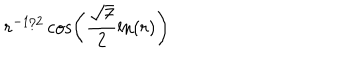
r ^ { - 1 / 2 } \cos \left( \frac { \sqrt { 7 } } { 2 } \ln ( r ) \right)